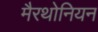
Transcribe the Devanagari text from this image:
मैरथोनियन